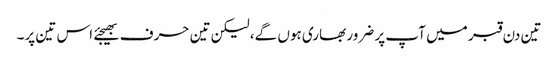
تین دن قبر میں آپ پر ضرور بھاری ہوں گے، لیکن تین حرف بھیجئے اس تین پر۔